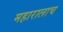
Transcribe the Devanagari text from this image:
महारालाच